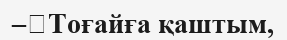
–	Тоғайға қаштым,